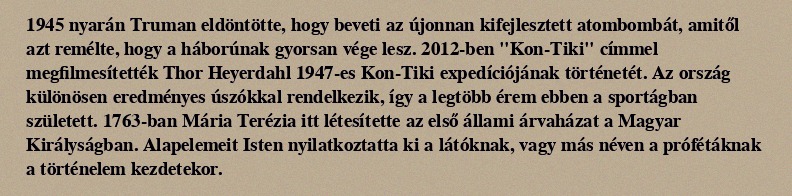
1945 nyarán Truman eldöntötte, hogy beveti az újonnan kifejlesztett atombombát, amitől azt remélte, hogy a háborúnak gyorsan vége lesz. 2012-ben "Kon-Tiki" címmel megfilmesítették Thor Heyerdahl 1947-es Kon-Tiki expedíciójának történetét. Az ország különösen eredményes úszókkal rendelkezik, így a legtöbb érem ebben a sportágban született. 1763-ban Mária Terézia itt létesítette az első állami árvaházat a Magyar Királyságban. Alapelemeit Isten nyilatkoztatta ki a látóknak, vagy más néven a prófétáknak a történelem kezdetekor.